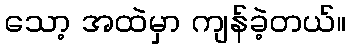
သော့ အထဲမှာ ကျန်ခဲ့တယ်။